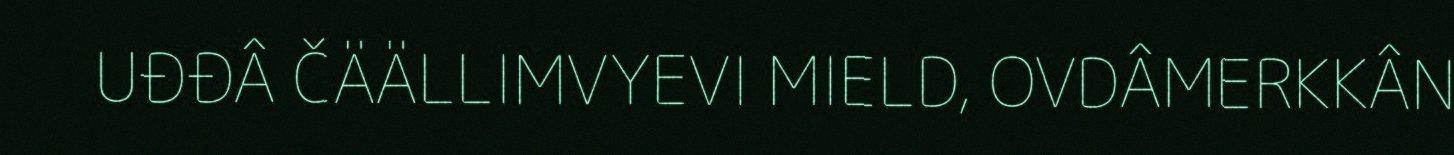
UĐĐÂ ČÄÄLLIMVYEVI MIELD, OVDÂMERKKÂN